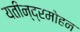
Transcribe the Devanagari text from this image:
यतीन्द्रमोहन